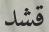
قشد